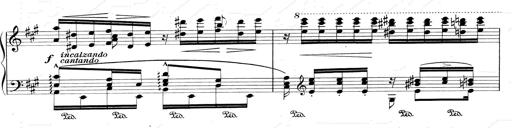
Title: RÃ©miniscences de Don Juan
Composer: Franz Liszt